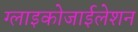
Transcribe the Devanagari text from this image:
ग्लाइकोजाईलेशन